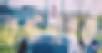
কষ্টদায়ক